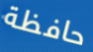
حافظة